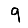
Digit: 9